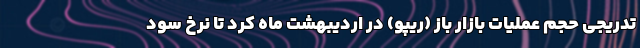
تدریجی حجم عملیات بازار باز (ریپو) در اردیبهشت ماه کرد تا نرخ سود